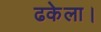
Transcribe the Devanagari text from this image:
ढकेला।